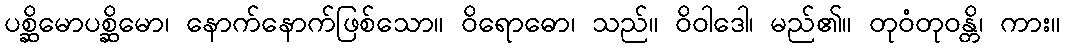
ပစ္ဆိမောပစ္ဆိမော၊ နောက်နောက်ဖြစ်သော။ ဝိရောဓော၊ သည်။ ဝိဝါဒေါ၊ မည်၏။ တုဝံတုဝန္တိ၊ ကား။